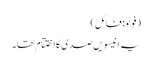
(فوٹو: فائل)
یہ انیسویں صدی کااختتام تھا۔